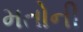
મતોની